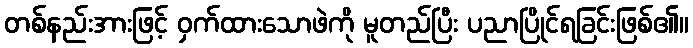
တစ်နည်းအားဖြင့် ဝှက်ထားသောဖဲကို မူတည်ပြီး ပညာပြိုင်ရခြင်းဖြစ်၏။